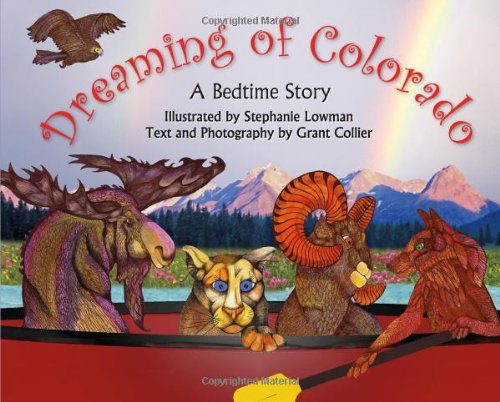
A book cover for Dreaming of Colorado: A Children's Bedtime Story; Grant Collier; Children's Books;